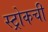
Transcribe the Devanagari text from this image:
स्ट्रोकची